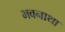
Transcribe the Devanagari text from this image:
भवनाथा